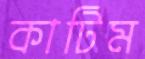
কাটিম